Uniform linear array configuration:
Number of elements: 48
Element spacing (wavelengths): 0.75
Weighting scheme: kaiser
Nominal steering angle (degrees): -60
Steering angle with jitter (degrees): -59.051
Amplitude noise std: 0.05
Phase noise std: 0.05

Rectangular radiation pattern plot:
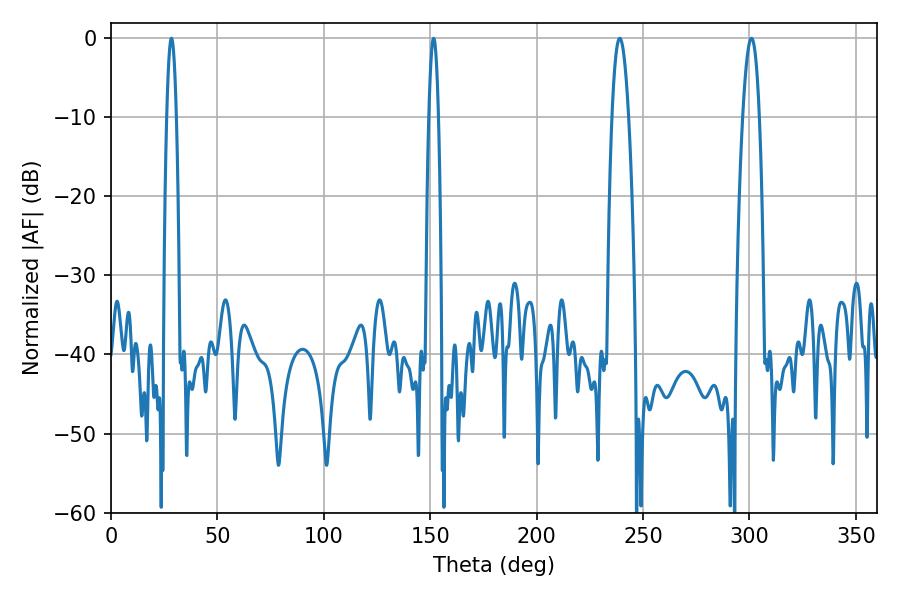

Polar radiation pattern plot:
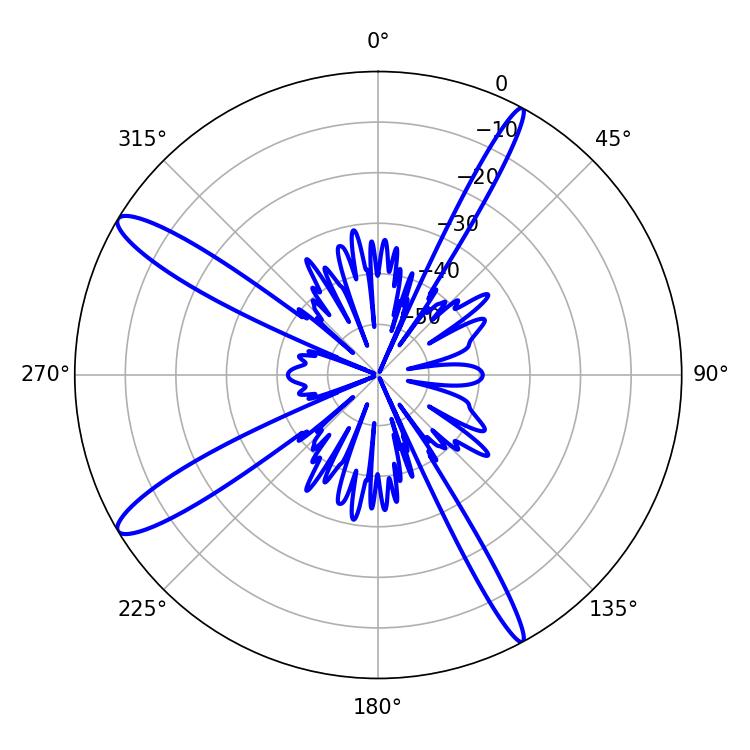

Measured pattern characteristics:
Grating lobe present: TRUE
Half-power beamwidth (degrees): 4.14
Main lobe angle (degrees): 239.04